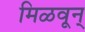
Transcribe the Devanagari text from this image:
मिळवून्